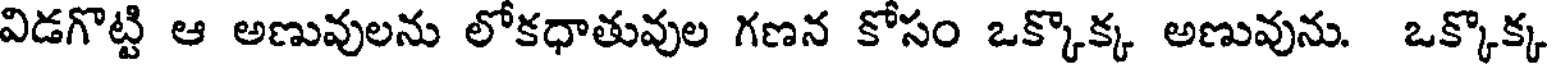
విడగొట్టి ఆ అణువులను లోకధాతువుల గణన కోసం ఒక్కొక్క అణువును. ఒక్కొక్క